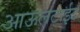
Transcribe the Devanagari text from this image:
आऊलटाईट